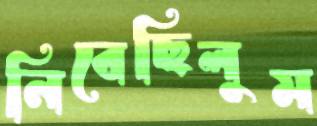
নিবেছিলুম